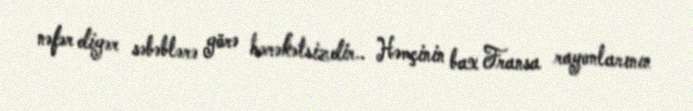
nəfər digər səbəblərə görə hərəkətsizdir.. Həmçinin bax Fransa rayonlarının